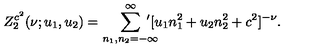
Z _ { 2 } ^ { c ^ { 2 } } ( \nu ; u _ { 1 } , u _ { 2 } ) = { \sum _ { n _ { 1 } , n _ { 2 } = - \infty } ^ { \infty } \! \! \! \! \! \! ^ { \prime } } [ u _ { 1 } n _ { 1 } ^ { 2 } + u _ { 2 } n _ { 2 } ^ { 2 } + c ^ { 2 } ] ^ { - \nu } .